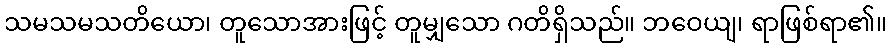
သမသမသတိယော၊ တူသောအားဖြင့် တူမျှသော ဂတိရှိသည်။ ဘဝေယျ၊ ရာဖြစ်ရာ၏။